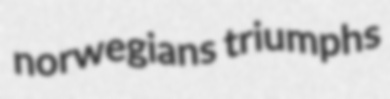
norwegians triumphs